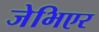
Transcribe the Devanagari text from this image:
जेभिएर